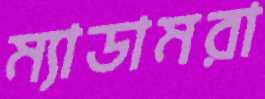
ম্যাডামরা